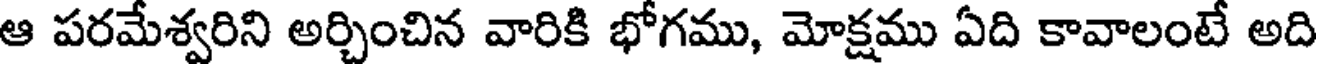
ఆ పరమేశ్వరిని అర్చించిన వారికి భోగము, మోక్షము ఏది కావాలంటే అది